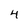
Character: 4